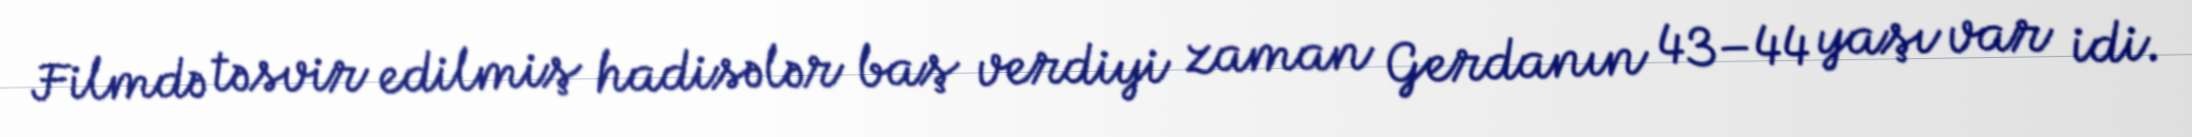
Filmdə təsvir edilmiş hadisələr baş verdiyi zaman Gerdanın 43–44 yaşı var idi.